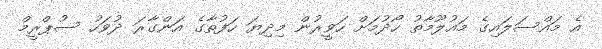
އެ މައްސަލައިގެ މައުލޫމާތު ހޯދުމަށް ހަވީރުން މިދިޔަ ހަފުތާގެ އަންގާރަ ދުވަހު ސުޕްރީމް